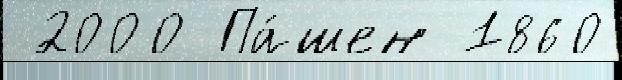
 2000 Па́шен 1860